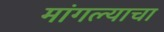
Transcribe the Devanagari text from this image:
मांगल्याचा